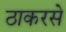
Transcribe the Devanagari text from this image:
ठाकरसे